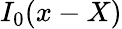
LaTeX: I_{0}(x-X)